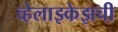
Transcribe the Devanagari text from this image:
व्हेलाझ्केझची